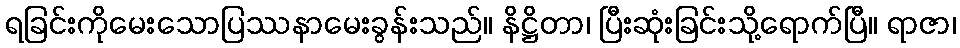
ရခြင်းကိုမေးသောပြဿနာမေးခွန်းသည်။ နိဋ္ဌိတာ၊ ပြီးဆုံးခြင်းသို့ရောက်ပြီ။ ရာဇာ၊